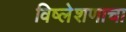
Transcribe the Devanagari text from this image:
विष्लेशणाचा